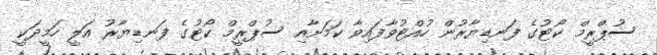
ސުޕްރީމް ކޯޓުގެ ފަނޑިޔާރުން ހުއްޓުވާފައިވާ ކަމަށާއި ސުޕްރީމް ކޯޓުގެ ފަނޑިޔާރު އަލީ ހަމީދަކީ